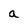
Character: a